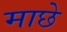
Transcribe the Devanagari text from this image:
माछे